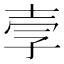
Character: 𫯂